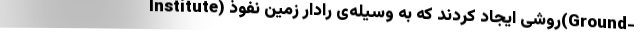
Institute) روشی ایجاد کردند که به وسیله‌ی رادار زمین نفوذ(Ground-